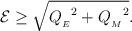
LaTeX: \begin{align*}{\cal E} \geq \sqrt{{Q_{_{E}}}^2 + {Q_{_{M}}}^2} .\end{align*}